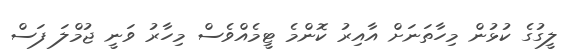
ލީގުގެ ކުޅުން މިހާތަނަށް އާއިރު ކޮންމެ ޓީމެއްވެސް މިހާރު ވަނީ ޖުމްލަ ފަސް